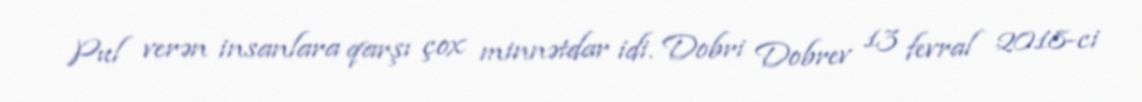
Pul verən insanlara qarşı çox minnətdar idi. Dobri Dobrev 13 fevral 2018-ci